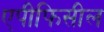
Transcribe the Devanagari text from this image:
एपीफिसील